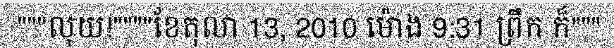
"""លុយ!""""ខែតុលា 13, 2010 ម៉ោង 9:31 ព្រឹក ក៏"""